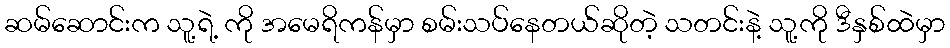
ဆမ်ဆောင်းက သူ့ရဲ့ ကို အမေရိကန်မှာ စမ်းသပ်နေတယ်ဆိုတဲ့ သတင်းနဲ့ သူ့ကို ဒီနှစ်ထဲမှာ